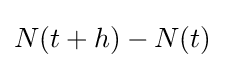
\textstyle N(t+h)-N(t)